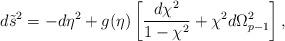
LaTeX: \begin{align*}d\tilde{s}^2=-d\eta^2+g(\eta)\left[{{d\chi^2}\over{1-\chi^2}}+\chi^2d\Omega^2_{p-1}\right],\end{align*}